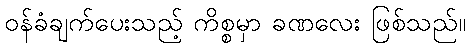
ဝန်ခံချက်ပေးသည့် ကိစ္စမှာ ခဏလေး ဖြစ်သည်။